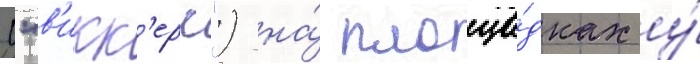
("в'икк'ерс") на́ площа́дках у́